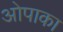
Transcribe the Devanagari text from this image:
ओपाका